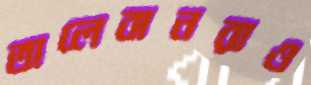
তালেবানরাও